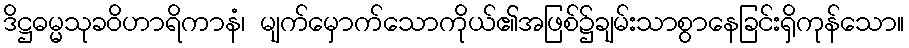
ဒိဋ္ဌဓမ္မသုခဝိဟာရိကာနံ၊ မျက်မှောက်သောကိုယ်၏အဖြစ်၌ချမ်းသာစွာနေခြင်းရှိကုန်သော။